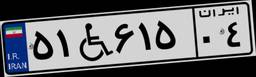
۵۱W۶۱۵۰۴